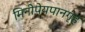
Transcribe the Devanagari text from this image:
मिनीपेयपानगृह